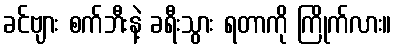
ခင်ဗျား စက်ဘီးနဲ့ ခရီးသွား ရတာကို ကြိုက်လား။